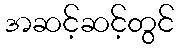
အဆင့်ဆင့်တွင်